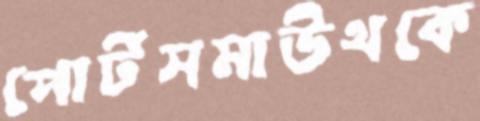
পোর্টসমাউথকে